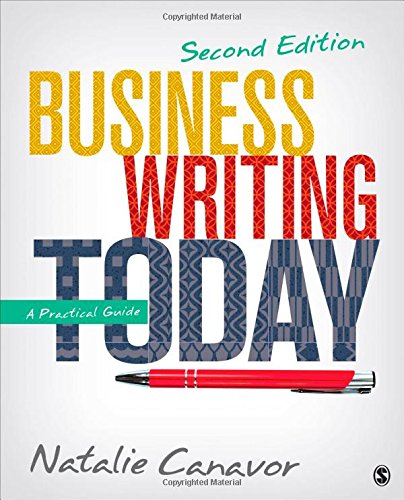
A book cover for Business Writing Today: A Practical Guide; Natalie C. Canavor; Business & Money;